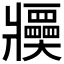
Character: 𤖤